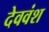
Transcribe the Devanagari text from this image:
देववंश